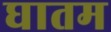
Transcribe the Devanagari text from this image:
घातम